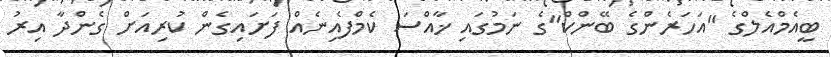
ބީއެމްއެލްގެ "އަހަރެންގެ ބޭންކް"ގެ ނަމުގައި ޚާއްސަ ކެމްފެއިނެއް ފަށައިގެން ކުރިއަށް ގެންދާ އިރު